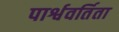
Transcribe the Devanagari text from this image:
पार्श्ववर्तिता